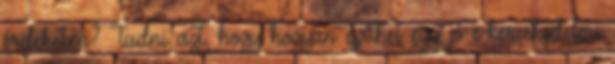
érdekében? Tudni azt, hogy hogyan építhet egy jó e-kereskedelmi